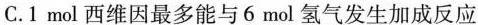
C.1mol西维因最多能与6mol氢气发生加成反应